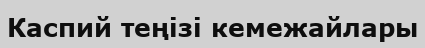
Каспий теңізі кемежайлары